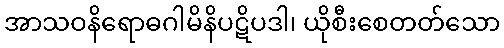
အာသဝနိရောဓဂါမိနိပဋိပဒါ၊ ယိုစီးစေတတ်သော